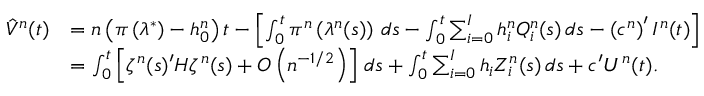
\begin{array} { r l } { \hat { V } ^ { n } ( t ) } & { = n \left( \pi \left( \lambda ^ { * } \right) - h _ { 0 } ^ { n } \right) t - \left[ \int _ { 0 } ^ { t } \pi ^ { n } \left( \lambda ^ { n } ( s ) \right) \, d s - \int _ { 0 } ^ { t } \sum _ { i = 0 } ^ { I } h _ { i } ^ { n } Q _ { i } ^ { n } ( s ) \, d s - \left( c ^ { n } \right) ^ { \prime } I ^ { n } ( t ) \right] } \\ & { = \int _ { 0 } ^ { t } \left[ \zeta ^ { n } ( s ) ^ { \prime } H \zeta ^ { n } ( s ) + O \left( n ^ { - 1 / 2 } \right) \right] \, d s + \int _ { 0 } ^ { t } \sum _ { i = 0 } ^ { I } h _ { i } Z _ { i } ^ { n } ( s ) \, d s + c ^ { \prime } U ^ { n } ( t ) . } \end{array}